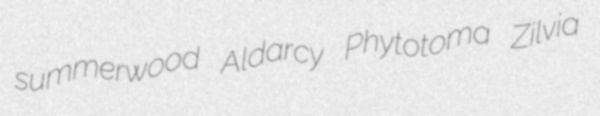
summerwood Aldarcy Phytotoma Zilvia